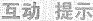
互动 提示